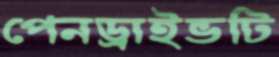
পেনড্রাইভটি